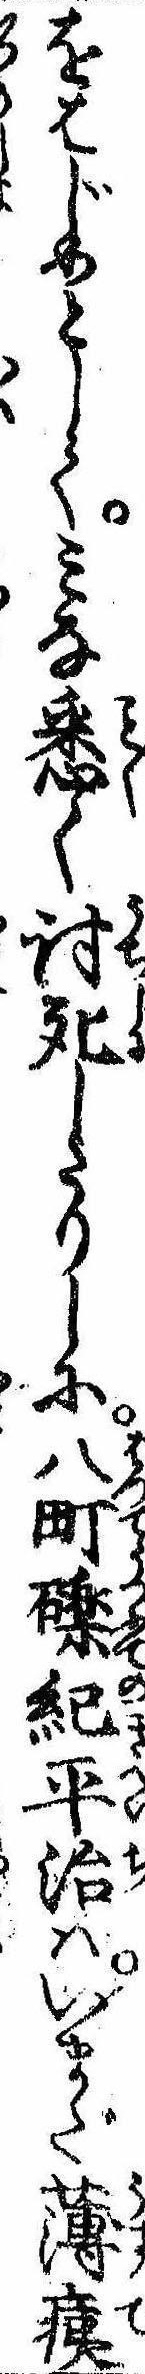
をはじめとしてみな悉く討死したりしに八町礫紀平治はいまだ薄痍